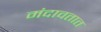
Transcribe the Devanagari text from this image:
मंदावतात